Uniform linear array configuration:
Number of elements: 12
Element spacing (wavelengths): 0.25
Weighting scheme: kaiser
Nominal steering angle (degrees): -15
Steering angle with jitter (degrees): -13.086
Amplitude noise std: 0.05
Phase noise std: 0.05

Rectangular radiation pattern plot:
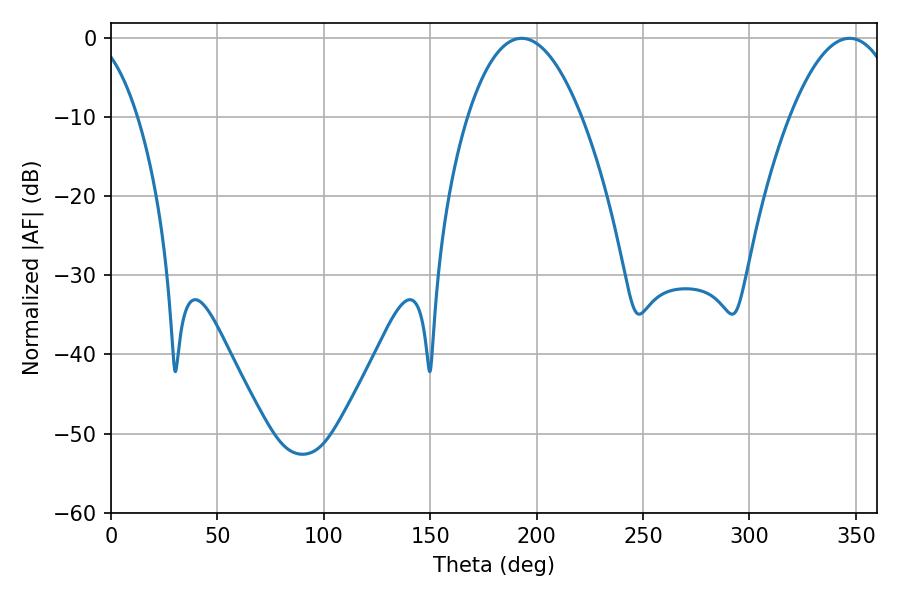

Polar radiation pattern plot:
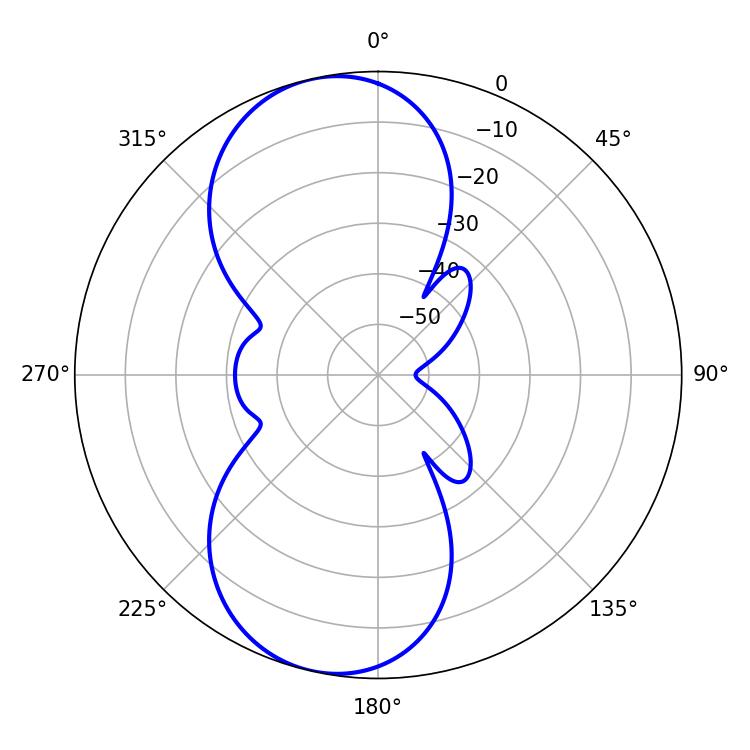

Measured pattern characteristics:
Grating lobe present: FALSE
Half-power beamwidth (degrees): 29.52
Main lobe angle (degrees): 192.96